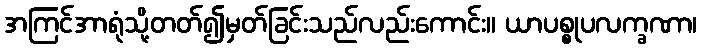
အကြင်အာရုံသို့တတ်၍မှတ်ခြင်းသည်လည်းကောင်း။ ယာပစ္စုပလက္ခဏာ၊